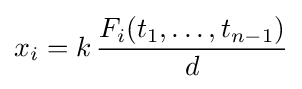
x_{i}=k\,{\frac {F_{i}(t_{1},\ldots ,t_{n-1})}{d}}